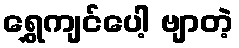
ရွှေကျင်ပေါ့ ဗျာတဲ့